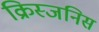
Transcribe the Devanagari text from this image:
क्रिस्जनिस